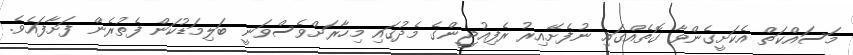
މަސައްކަތް އެކަށީގެންވާ ގޮތެއްގައި ނުފެށޭއިރު ރެފިއުޖީންގެ މެދުގައި މިހާރަށްވެސްވަނީ ބަލިމަޑުކަން ފެތުރެން ފަށާފައެވެ.